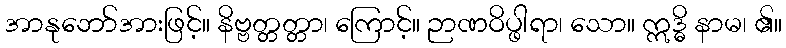
အာနုဘော်အားဖြင့်။ နိဗ္ဗတ္တတ္တာ၊ ကြောင့်။ ဉာဏဝိပ္ဖါရာ၊ သော။ ဣဒ္ဓိ နာမ၊ ၏။